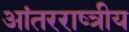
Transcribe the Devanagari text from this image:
आंतरराष्त्रीय